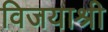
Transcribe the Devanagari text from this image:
विजयाश्री